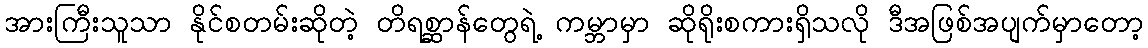
အားကြီးသူသာ နိုင်စတမ်းဆိုတဲ့ တိရစ္ဆာန်တွေရဲ့ ကမ္ဘာမှာ ဆိုရိုးစကားရှိသလို ဒီအဖြစ်အပျက်မှာတော့